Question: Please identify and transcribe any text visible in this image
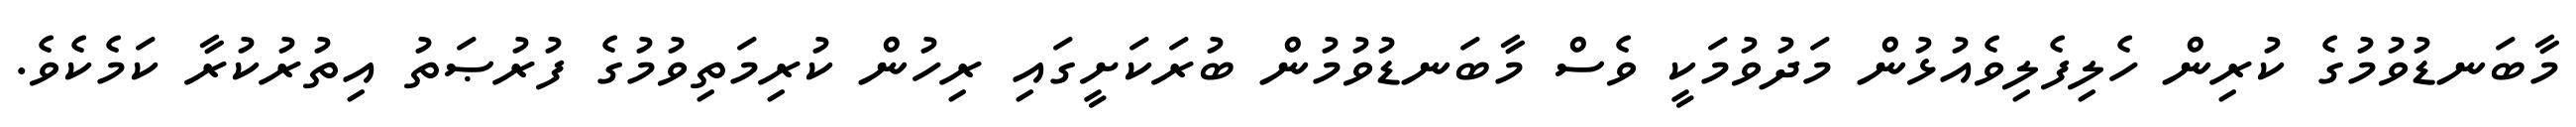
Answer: މާބަނޑުވުމުގެ ކުރިން ހެލިފެލިވެއުޅުން މަދުވުމަކީ ވެސް މާބަނޑުވުމުން ބުރަކަށީގައި ރިހުން ކުރިމަތިވުމުގެ ފުރުޞަތު އިތުރުކުރާ ކަމެކެވެ.